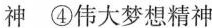
神 ④伟大梦想精神